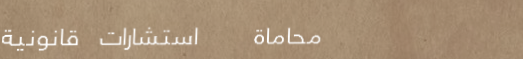
محاماة   استشارات قانونية